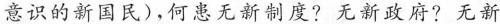
意识的新国民)，何患无新制度?无新政府?无新